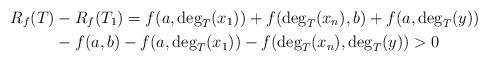
LaTeX: \begin{align*} R_f(T) &- R_f(T_1) = f(a,\deg_T(x_1)) + f(\deg_T(x_n),b) + f(a,\deg_T(y))\\ &- f(a,b) -f(a,\deg_T(x_1))-f(\deg_T(x_n),\deg_T(y))>0 \end{align*}